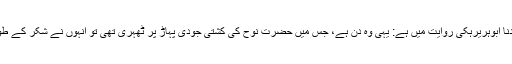
مسند احمد میں سیدنا ابوہریرہؓکی روایت میں ہے: یہی وہ دن ہے، جس میں حضرت نوحؒ کی کشتی جودی پہاڑ پر ٹھہری تھی تو انہوں نے شکر کے طور پر روزہ رکھا۔